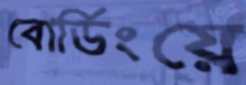
বোর্ডিংয়ে